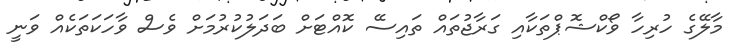
މާލޭގެ ހުރިހާ ވޯކްޝޮޕްތަކާއި ގަރާޖުތައް ތައިސޭ ކޮއްޓަށް ބަދަލުކުރުމަށް ވެސް ވާހަކަތަކެއް ވަނީ